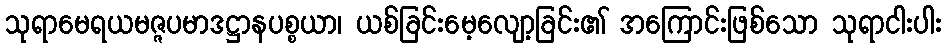
သုရာမေရယမဇ္ဇပမာဒဋ္ဌာနပစ္စယာ၊ ယစ်ခြင်းမေ့လျော့ခြင်း၏ အကြောင်းဖြစ်သော သုရာငါးပါး